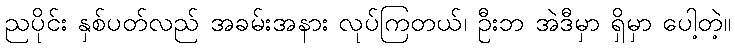
ညပိုင်း နှစ်ပတ်လည် အခမ်းအနား လုပ်ကြတယ်၊ ဦးဘ အဲဒီမှာ ရှိမှာ ပေါ့တဲ့။